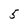
Character: 5